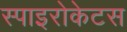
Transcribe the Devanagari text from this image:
स्पाइरोकेटस